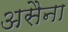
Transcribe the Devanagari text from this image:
असैना